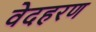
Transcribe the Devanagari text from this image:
वेदहरण